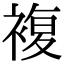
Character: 複